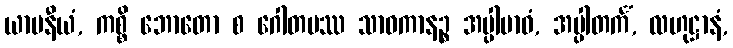
ယာပနီယံ, ကစ္စိ ဘောတော စ ဂေါတမဿ သာဝကာနဉ္စ အပ္ပါဗာဓံ, အပ္ပါတင်္ကံ, လဟုဋ္ဌာနံ,